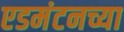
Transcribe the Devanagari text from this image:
एडमंटनच्या